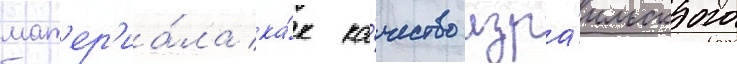
мат'ер'иа́ла ка́к ка́чество изра́ильского